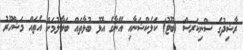
ރާޝިދުގެ ސްނިކަރސް (ބޫޓު) ކަލެކްޝަނާއި އޭނާގެ އޮޅު ބުޅާތައް ބަލާލުމަށް އެތައް މަޝްހޫރު